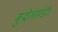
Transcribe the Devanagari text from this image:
बुंदेलखंडी।